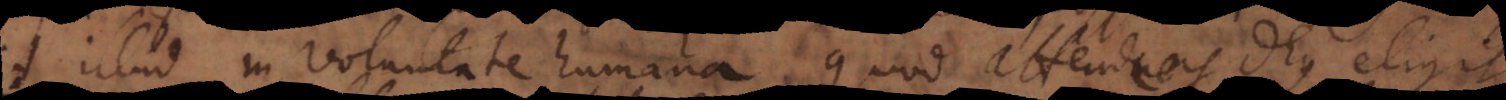
illud in voluntate humana quod attendens Deus eligit